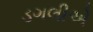
ડગલીએ